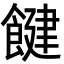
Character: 䭈